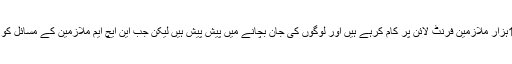
رئوف احمد نے بتایا کہ عالمی وباء کے دوران نیشنل ہیلتھ میشن کے 12ہزار ملازمین فرنٹ لائن پر کام کرہے ہیں اور لوگوں کی جان بچانے میں پیش پیش ہیں لیکن جب این ایچ ایم ملازمین کے مسائل کو حل کرنے کی بات ہوتی ہے تو حکومت خاموش تماشائی بنی رہتی ہے۔